Sanitation, dispensaries and jails vaccination Rajputana 1922-1927 - 1922-1927
Year: 1922
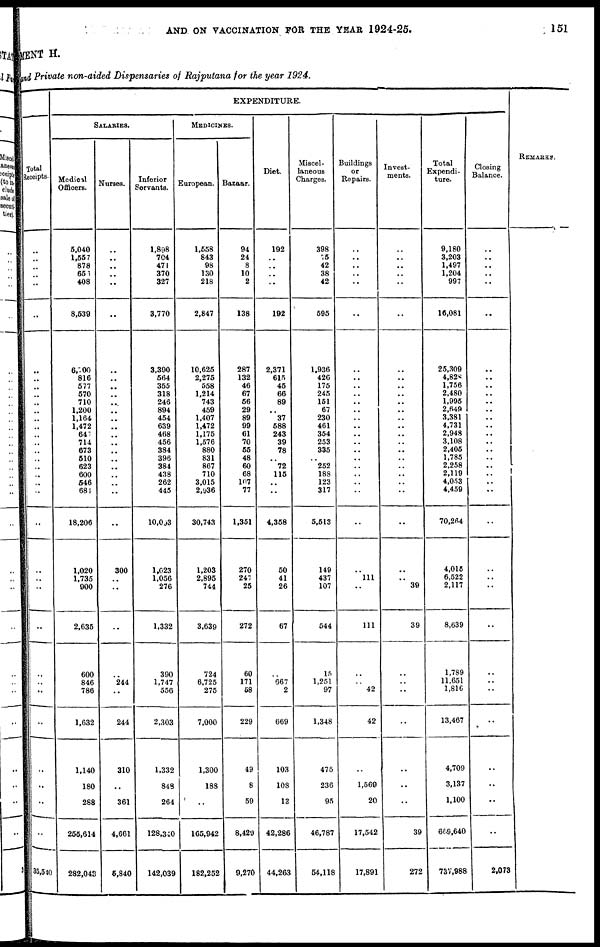
AND ON VACCINATION FOR THE YEAR 1924-25.
151
MENT H.
and Private non-aided Dispensaries of Rajputana for the year 1924.
Total
Receipts.
..
..
..
..
..
..
..
..
..
..
..
..
..
..
..
..
..
..
..
..
..
..
..
..
..
..
..
..
..
..
..
..
..
..
35,540
EXPENDITURE.
SALARIES.
Medical
Officers.
5,040
1,557
878
656
408
8,539
6,700
816
577
570
710
1,200
1,164
1,472
647
714
673
510
623
600
546
684
18,206
1,020
1,735
900
2,635
600
846
786
1,632
1,140
180
288
255,614
282,043
Nurses.
..
..
..
..
..
..
..
..
..
..
..
..
..
..
..
..
..
..
..
..
..
..
..
300
..
..
..
..
244
..
244
310
..
361
4,661
5,840
Inferior
Servants.
1,898
704
471
370
327
3,770
3,390
564
355
318
246
894
454
639
468
456
384
396
384
438
262
445
10,093
1,023
1,056
276
1,332
390
1,747
556
2,303
1,332
848
264
128,340
142,039
MEDICINES.
European.
1,558
843
98
130
218
2,847
10,625
2,275
558
1,214
743
459
1,407
1,472
1,175
1,576
880
831
867
710
3,015
2,936
30,743
1,203
2,895
744
3,639
724
6,725
275
7,000
1,300
188
..
165,942
182,252
Bazaar.
94
24
8
10
2
138
287
132
46
67
56
29
89
99
61
70
55
48
60
68
107
77
1,351
270
247
25
272
60
171
58
229
49
8
59
8,429
9,270
Diet.
192
..
..
..
..
192
2,371
615
45
66
89
..
37
588
243
39
78
..
72
115
..
..
4,358
50
41
26
67
..
667
2
669
103
108
13
42,286
44,263
Miscel-
laneous
Charges.
398
75
42
38
42
595
1,936
426
175
245
151
67
230
461
354
253
335
..
252
188
123
317
5,513
149
437
107
544
15
1,251
97
1,348
475
236
95
46,787
54,118
Buildings
or
Repairs.
..
..
..
..
..
..
..
..
..
..
..
..
..
..
..
..
..
..
..
..
..
..
..
..
111
..
111
..
..
42
42
..
1,569
20
17,542
17,891
Invest-
ments.
..
..
..
..
..
..
..
..
..
..
..
..
..
..
..
..
..
..
..
..
..
..
..
..
..
39
39
..
..
..
..
..
..
..
39
272
Total
Expendi-
ture.
9,180
3,203
1,497
1,204
997
16,081
25,309
4,828
1,756
2,480
1,995
2,649
3,381
4,731
2,948
3,108
2,405
1,785
2,258
2,119
4,053
4,459
70,264
4,015
6,522
2,117
8,639
1,789
11,651
1,816
13,467
4,709
3,137
1,100
669,640
737,988
Closing
Balance.
..
..
..
..
..
..
..
..
..
..
..
..
..
..
..
..
..
..
..
..
..
..
..
..
..
..
..
..
..
..
..
..
..
..
..
2,073
REMARKS.